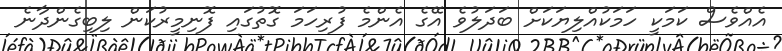
އެއްވެސް ކަމަކީ ހަމަކުއްލިޔަކަށް ބަދަލުވެ އޭގެ އެންމެ ފުރިހަމަ ގޮތުގައި ފޮނިމީރުކަން ލިބިގެންދާނެ